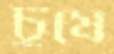
চুষে